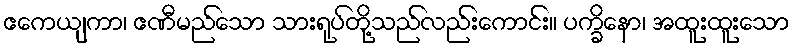
ဧကေယျကာ၊ ဧဏီမည်သော သားရုပ်တို့သည်လည်းကောင်း။ ပက္ခိနော၊ အထူးထူးသော